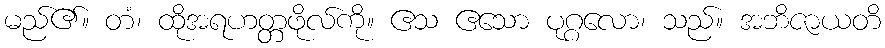
မည်၏။ တံ၊ ထိုအရဟတ္တဖိုလ်ကို။ ဧသ ဧသော ပုဂ္ဂလော၊ သည်။ အဘိဇာယတိ